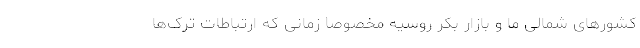
کشورهای شمالی ما و بازار بکر روسیه مخصوصاً زمانی که ارتباطات ترک‌ها